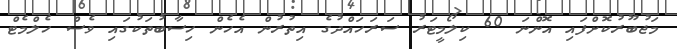
މަޖުބޫރުކޮށްފައި އޮންނަ 60 ކިލޯމީޓަރު ސަރަހައްދުގެ އިތުރުން އެހެން ހިސާބުތަކުގައި ވެސް ހެލްމެޓް